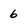
Character: 6